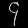
Digit: ၄